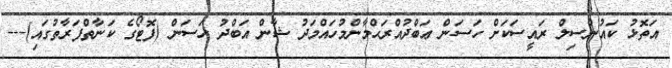
އަތޮޅު ކައުންސިލް ރައީސަކަށް ހަސަން ޢަބްދުއްރަޙްމާންމުހައްމަދު ޝާން އަބްދު ހަސަން (ފޮޓޯގެ ކަނާތްފަރާތުގައި)---